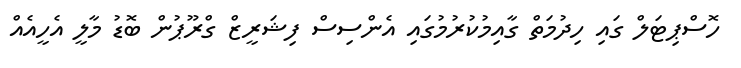
ހޮސްޕިޓަލް ގައި ހިދުމަތް ގާއިމުކުރުމުގައި އެންސިސް ފިޝަރީޒް ގްރޫޕުން ބޮޑު މާލީ އެހީއެއް